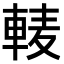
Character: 𨌐